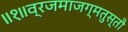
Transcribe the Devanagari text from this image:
॥१॥व्रजमाजग्मतुस्तौ